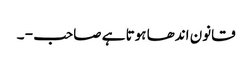
قانون اندھا ہوتا ہے صاحب - ۔